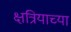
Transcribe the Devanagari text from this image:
क्षत्रियाच्या